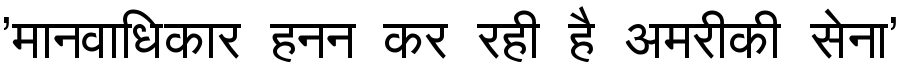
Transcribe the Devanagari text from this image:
'मानवाधिकार हनन कर रही है अमरीकी सेना'